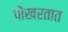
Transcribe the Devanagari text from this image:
पोखरतात